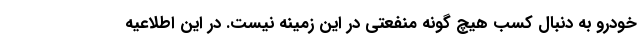
خودرو به دنبال کسب هیچ گونه منفعتی در این زمینه نیست. در این اطلاعیه